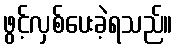
ဖွင့်လှစ်ပေးခဲ့ရသည်။